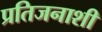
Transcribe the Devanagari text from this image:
प्रतिजनाशी